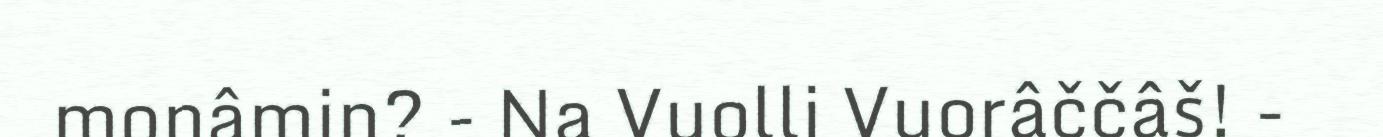
monâmin? - Na Vuolli Vuorâččâš! -